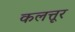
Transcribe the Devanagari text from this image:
कलत्तूर